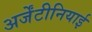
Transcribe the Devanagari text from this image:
अर्जेंटीनियाई